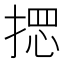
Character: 𢰌